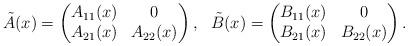
LaTeX: \begin{align*}\tilde A(x)=\left(\begin{matrix}A_{11}(x)&0\\A_{21}(x)&A_{22}(x)\end{matrix}\right),\ \ \tilde B(x)=\left(\begin{matrix}B_{11}(x)&0\\B_{21}(x)&B_{22}(x)\end{matrix}\right).\end{align*}